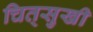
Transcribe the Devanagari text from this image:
चित्‌सुखी